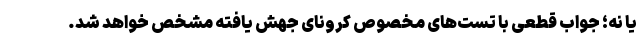
یا نه؛ جواب قطعی با تست‌های مخصوص کرونای جهش یافته مشخص خواهد شد.